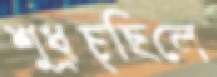
শুধ্‌রচ্ছিলে